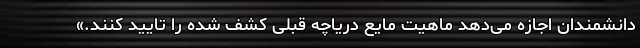
دانشمندان اجازه می‌دهد ماهیت مایع دریاچه قبلی کشف شده را تایید کنند.»